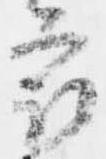
最